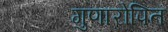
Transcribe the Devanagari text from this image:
गुणारोपित